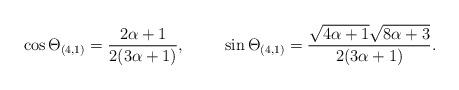
LaTeX: \begin{align*}\cos\Theta_{(4,1)} = \frac{2\alpha+1}{2 (3 \alpha+1)},\hspace{1cm}\sin\Theta_{(4,1)} = \frac{ \sqrt{4\alpha+1} \sqrt{8\alpha +3}}{2(3\alpha +1)}.\end{align*}